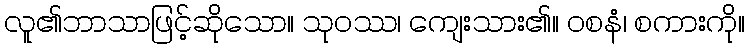
လူ၏ဘာသာဖြင့်ဆိုသော။ သုဝဿ၊ ကျေးသား၏။ ဝစနံ၊ စကားကို။